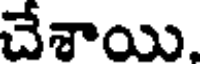
చేశాయి.